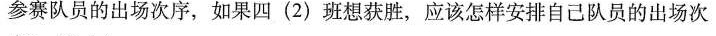
参赛队员的出场次序，如果四(2)班想获胜，应该怎样安排自己队员的出场次